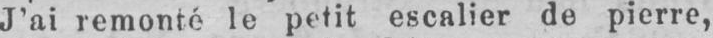
J’ai remonté le petit escalier de pierre,